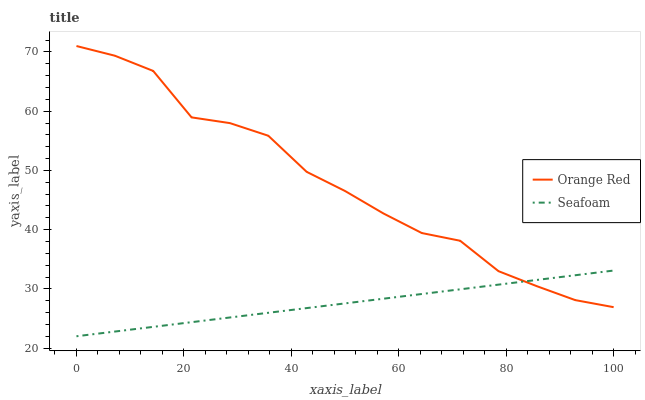
| xaxis_label | Orange Red | Seafoam |
 | --- | --- | --- |
 | 0 | 71 | 22 |
 | 7.14 | 69.4 | 22.8 |
 | 14.3 | 66.8 | 23.6 |
 | 21.4 | 59 | 24.4 |
 | 28.6 | 58 | 25.2 |
 | 35.7 | 55.9 | 26 |
 | 42.9 | 49.8 | 26.8 |
 | 50 | 46.5 | 27.5 |
 | 57.1 | 42.7 | 28.3 |
 | 64.3 | 39.4 | 29.1 |
 | 71.4 | 38.1 | 29.9 |
 | 78.6 | 33 | 30.7 |
 | 85.7 | 30.4 | 31.5 |
 | 92.9 | 28.1 | 32.3 |
 | 100 | 26.9 | 33.1 |